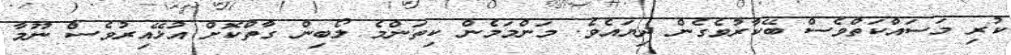
ކުރި މަސައްކަތްވެސް ބޭކާރުވެގެން ދިޔައެވެ. މަންމަމެން ކިތަންމެ ލޯބިން ގާތްކޮށް އުޅޭއިރުވެސް ނޫމާ